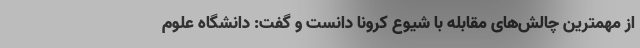
از مهمترین چالش‌های مقابله با شیوع کرونا دانست و گفت: دانشگاه علوم